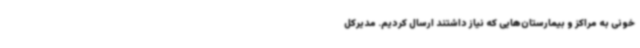
خونی به مراکز و بیمارستان‌هایی که نیاز داشتند ارسال کردیم. مدیرکل